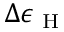
\Delta \epsilon _ { \mathrm { ~ H ~ } }